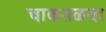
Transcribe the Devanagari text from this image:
चाकतळवा